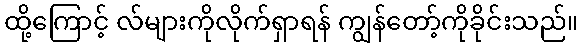
ထို့ကြောင့် လ်များကိုလိုက်ရှာရန် ကျွန်တော့်ကိုခိုင်းသည်။